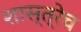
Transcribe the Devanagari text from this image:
शास्त्रेच